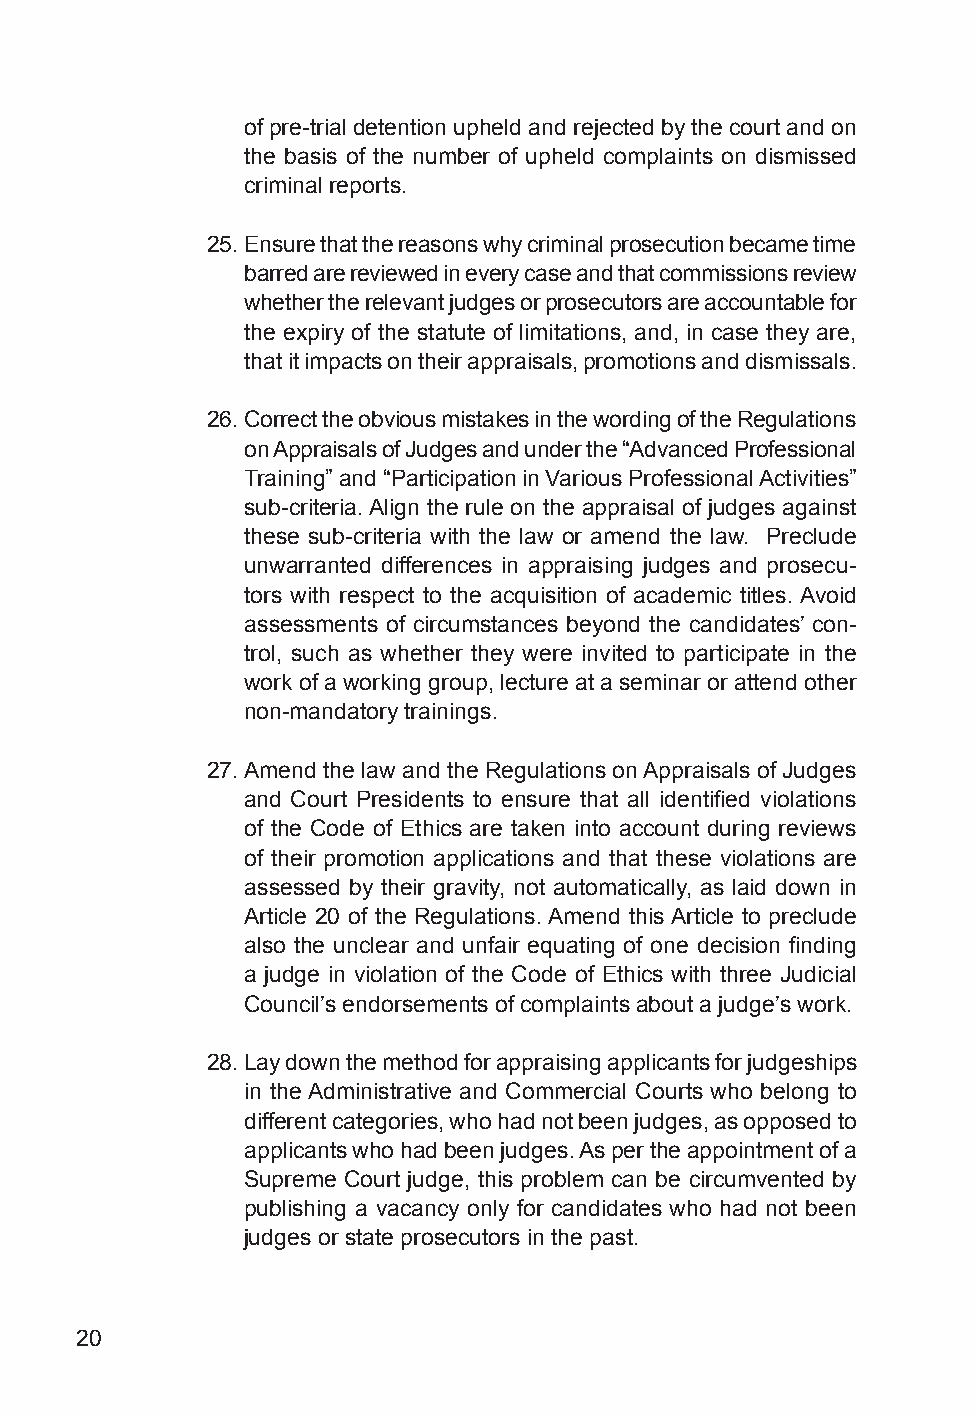
of pre-trial detention upheld and rejected by the court and on
 the basis of the number of upheld complaints on dismissed
 criminal reports.
 25. Ensure that the reasons why criminal prosecution became time
 barred are reviewed in every case and that commissions review
 whether the relevant judges or prosecutors are accountable for
 the expiry of the statute of limitations, and, in case they are,
 that it impacts on their appraisals, promotions and dismissals.
 26. Correct the obvious mistakes in the wording of the Regulations
 on Appraisals of Judges and under the “Advanced Professional
 Training” and “Participation in Various Professional Activities”
 sub-criteria. Align the rule on the appraisal of judges against
 these sub-criteria with the law or amend the law. Preclude
 unwarranted differences in appraising judges and prosecu-
 tors with respect to the acquisition of academic titles. Avoid
 assessments of circumstances beyond the candidates’ con-
 trol, such as whether they were invited to participate in the
 work of a working group, lecture at a seminar or attend other
 non-mandatory trainings.
 27. Amend the law and the Regulations on Appraisals of Judges
 and Court Presidents to ensure that all identified violations
 of the Code of Ethics are taken into account during reviews
 of their promotion applications and that these violations are
 assessed by their gravity, not automatically, as laid down in
 Article 20 of the Regulations. Amend this Article to preclude
 also the unclear and unfair equating of one decision finding
 a judge in violation of the Code of Ethics with three Judicial
 Council’s endorsements of complaints about a judge’s work.
 28. Lay down the method for appraising applicants for judgeships
 in the Administrative and Commercial Courts who belong to
 different categories, who had not been judges, as opposed to
 applicants who had been judges. As per the appointment of a
 Supreme Court judge, this problem can be circumvented by
 publishing a vacancy only for candidates who had not been
 judges or state prosecutors in the past.
 20